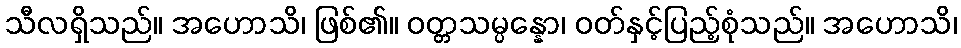
သီလရှိသည်။ အဟောသိ၊ ဖြစ်၏။ ဝတ္တသမ္ပန္နော၊ ဝတ်နှင့်ပြည့်စုံသည်။ အဟောသိ၊